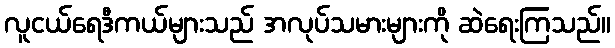
လူငယ်ရေဒီကယ်များသည် အလုပ်သမားများကို ဆဲရေးကြသည်။